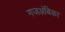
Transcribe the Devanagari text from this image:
गजअंबिका